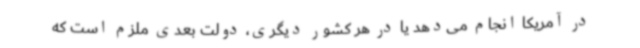
در آمریکا انجام می‌دهد یا در هر کشور دیگری، دولت بعدی ملزم است که